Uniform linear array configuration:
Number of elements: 4
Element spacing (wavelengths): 0.75
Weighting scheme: blackman
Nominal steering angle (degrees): -15
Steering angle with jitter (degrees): -14.601
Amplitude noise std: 0.05
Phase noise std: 0.05

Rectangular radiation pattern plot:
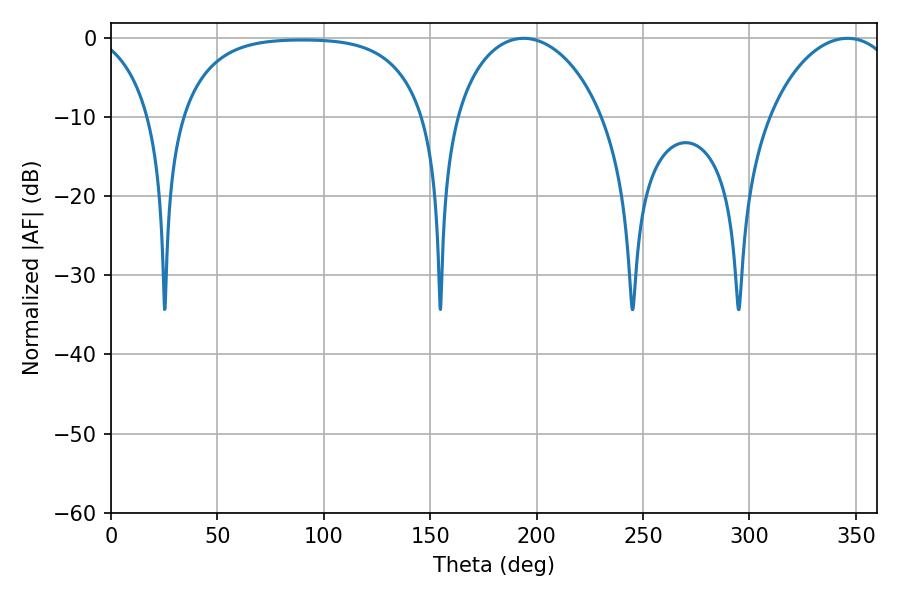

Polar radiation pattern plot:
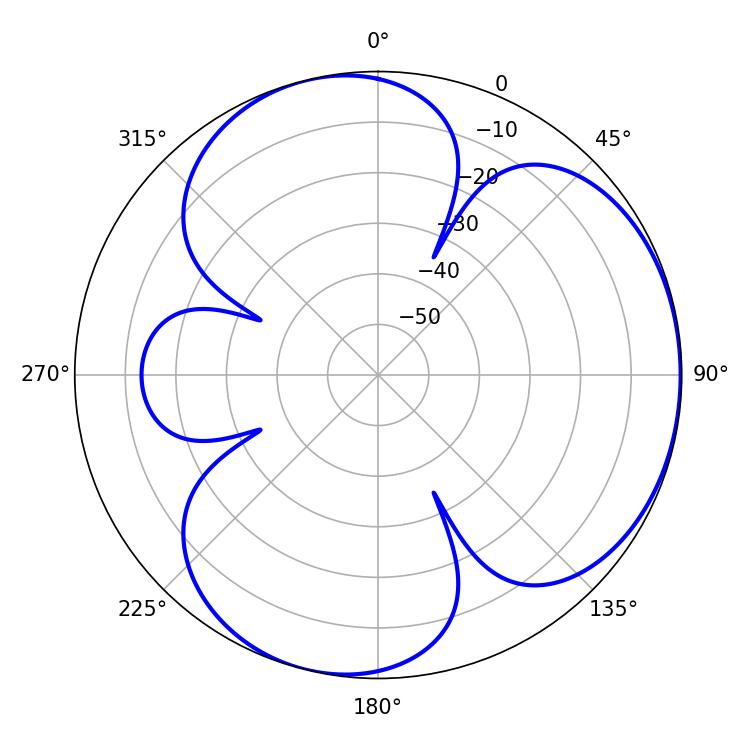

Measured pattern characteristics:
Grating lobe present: TRUE
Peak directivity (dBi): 3.977
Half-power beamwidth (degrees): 40.14
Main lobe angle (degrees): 193.86